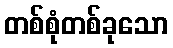
တစ်စုံတစ်ခုသော